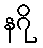
နဂို